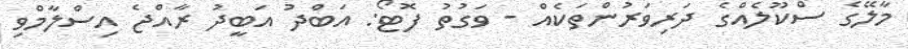
މާލޭގެ ސްކޫލެއްގެ ދަރިވަރުންތަކެއް - ވަގުތު ފޮޓޯ: އަބްދު އަބީދު ރާއްޖެ އިސްލާމްވި